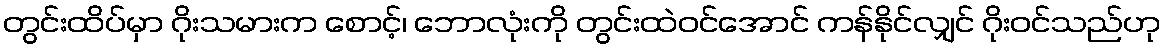
တွင်းထိပ်မှာ ဂိုးသမားက စောင့်၊ ဘောလုံးကို တွင်းထဲဝင်အောင် ကန်နိုင်လျှင် ဂိုးဝင်သည်ဟု